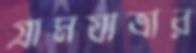
গ্রামযাত্রার